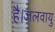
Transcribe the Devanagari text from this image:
है।जलवायु